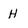
Character: H